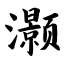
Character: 灏